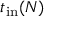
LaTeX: t _ { \mathrm { i n } } ( N )